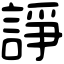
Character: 諍